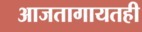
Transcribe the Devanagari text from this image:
आजतागायतही